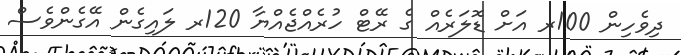
ދިވެހިން 100ރ އަށް ޑޮލަރެއް ގެ ރޭޓް ހުރެއްޖެއްޔާ 120ރ ލައިގެން އޭގެންވެސް